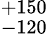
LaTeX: ^{+150}_{-120}